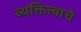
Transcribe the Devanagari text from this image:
व्यक्तित्वाचे